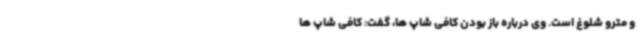
و مترو شلوغ است. وی درباره باز بودن کافی شاپ ها، گفت: کافی شاپ ها